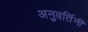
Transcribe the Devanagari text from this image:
अनुवर्तिनी